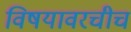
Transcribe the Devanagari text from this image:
विषयावरचीच